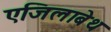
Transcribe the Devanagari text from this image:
एजिलाबेथ